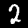
Digit: 2